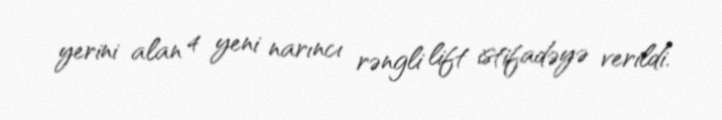
yerini alan 4 yeni narıncı rəngli lift istifadəyə verildi.